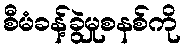
စီမံခန့်ခွဲမှုစနစ်ကို